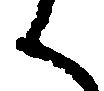
く